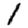
Digit: 1